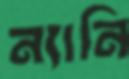
ন্যানি